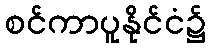
စင်ကာပူနိုင်ငံ၌